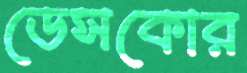
ডেসকোর